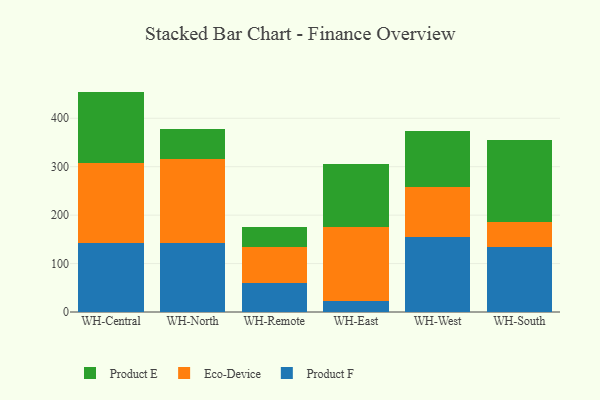
{"axis": {"x": "Warehouse", "y": "Churn Rate (%)"}, "legend": ["Eco-Device", "Product E", "Product F"], "data": [{"x": "WH-Central", "y": 142.5, "type": "Product F"}, {"x": "WH-Central", "y": 164.9, "type": "Eco-Device"}, {"x": "WH-Central", "y": 147.7, "type": "Product E"}, {"x": "WH-North", "y": 142.2, "type": "Product F"}, {"x": "WH-North", "y": 173.4, "type": "Eco-Device"}, {"x": "WH-North", "y": 61.9, "type": "Product E"}, {"x": "WH-Remote", "y": 59.4, "type": "Product F"}, {"x": "WH-Remote", "y": 74.0, "type": "Eco-Device"}, {"x": "WH-Remote", "y": 42.1, "type": "Product E"}, {"x": "WH-East", "y": 22.0, "type": "Product F"}, {"x": "WH-East", "y": 153.6, "type": "Eco-Device"}, {"x": "WH-East", "y": 129.4, "type": "Product E"}, {"x": "WH-West", "y": 154.1, "type": "Product F"}, {"x": "WH-West", "y": 104.0, "type": "Eco-Device"}, {"x": "WH-West", "y": 115.7, "type": "Product E"}, {"x": "WH-South", "y": 134.4, "type": "Product F"}, {"x": "WH-South", "y": 51.7, "type": "Eco-Device"}, {"x": "WH-South", "y": 169.3, "type": "Product E"}]}